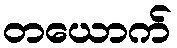
တယောက်